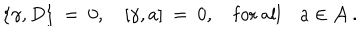
LaTeX: \{ \gamma , D \} \ = \ 0 , \quad [ \gamma , a ] \ = \ 0 , \quad \mathrm { f o r \ a l l } \quad a \in { \mathcal A } \ .